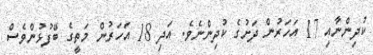
ކުދިންނާއި 17 އަހަރުން ދަށުގެ ކުދިންނެވެ. އަދި 18 އަހަރުން މަތީގެ ބޭފުޅުންވެސް